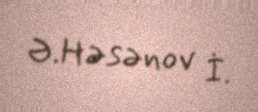
Ə.Həsənov İ.